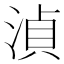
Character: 湞